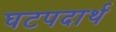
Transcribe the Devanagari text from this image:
घटपदार्थ